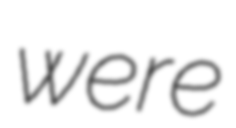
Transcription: were